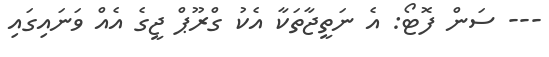
--- ސަން ފޮޓޯ: އެ ނަތީޖާތަކާ އެކު ގްރޫޕް ޖީގެ އެއް ވަނައިގައި